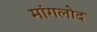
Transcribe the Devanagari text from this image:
मांगलोद